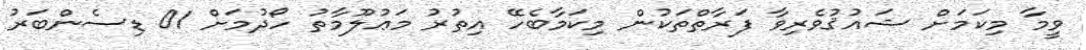
ވީމާ މިކަމަށް ޝައުޤުވެރިވާ ފަރާތްތަކުން މިކަމާބެހޭ އިތުރު މަޢުލޫމާތު ހޯދުމަށް 01 ޑިސެންބަރު